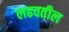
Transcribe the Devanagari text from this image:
लढवतील